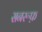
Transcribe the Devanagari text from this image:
सनरूफ़